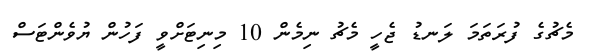
މެޗުގެ ފުރަތަމަ ލަނޑު ޖެހީ މެޗު ނިމެން 10 މިނިޓަށްވީ ފަހުން ޔުވެންޓަސް